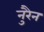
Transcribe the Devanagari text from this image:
नुरैन